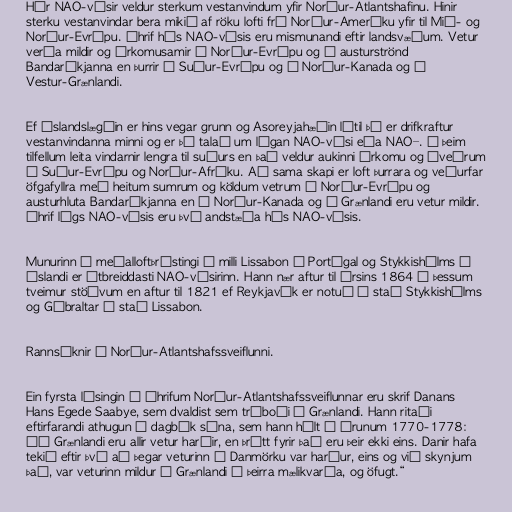
Hár NAO-vísir veldur sterkum vestanvindum yfir Norður-Atlantshafinu. Hinir
sterku vestanvindar bera mikið af röku lofti frá Norður-Ameríku yfir til Mið- og
Norður-Evrópu. Áhrif hás NAO-vísis eru mismunandi eftir landsvæðum. Vetur
verða mildir og úrkomusamir í Norður-Evrópu og á austurströnd
Bandaríkjanna en þurrir í Suður-Evrópu og í Norður-Kanada og á
Vestur-Grænlandi.

Ef Íslandslægðin er hins vegar grunn og Asoreyjahæðin lítil þá er drifkraftur
vestanvindanna minni og er þá talað um lágan NAO-vísi eða NAO–. Í þeim
tilfellum leita vindarnir lengra til suðurs en það veldur aukinni úrkomu og óveðrum
í Suður-Evrópu og Norður-Afríku. Að sama skapi er loft þurrara og veðurfar
öfgafyllra með heitum sumrum og köldum vetrum í Norður-Evrópu og
austurhluta Bandaríkjanna en í Norður-Kanada og á Grænlandi eru vetur mildir.
Áhrif lágs NAO-vísis eru því andstæða hás NAO-vísis.

Munurinn á meðalloftþrýstingi á milli Lissabon í Portúgal og Stykkishólms á
Íslandi er útbreiddasti NAO-vísirinn. Hann nær aftur til ársins 1864 á þessum
tveimur stöðvum en aftur til 1821 ef Reykjavík er notuð í stað Stykkishólms
og Gíbraltar í stað Lissabon.

Rannsóknir á Norður-Atlantshafssveiflunni.

Ein fyrsta lýsingin á áhrifum Norður-Atlantshafssveiflunnar eru skrif Danans
Hans Egede Saabye, sem dvaldist sem trúboði á Grænlandi. Hann ritaði
eftirfarandi athugun í dagbók sína, sem hann hélt á árunum 1770-1778:
„Á Grænlandi eru allir vetur harðir, en þrátt fyrir það eru þeir ekki eins. Danir hafa
tekið eftir því að þegar veturinn í Danmörku var harður, eins og við skynjum
það, var veturinn mildur á Grænlandi á þeirra mælikvarða, og öfugt.“